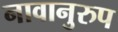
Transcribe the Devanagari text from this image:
नावानुरुप